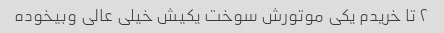
۲ تا خریدم یکی موتورش سوخت یکیش خیلی عالی وبیخوده